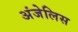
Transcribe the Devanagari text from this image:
अंजेलिस